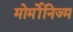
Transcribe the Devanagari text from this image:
मोर्मोनिज्म